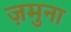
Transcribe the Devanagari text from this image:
ज़मुना